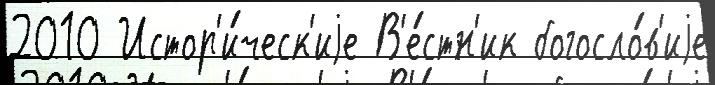
2010 Истор'и́ческ'иjе В'е́стн'ик богосло́в'иjе